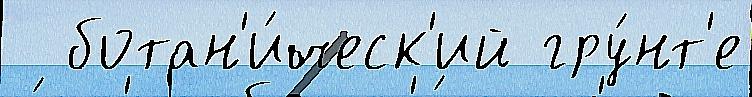
  ботан'и́ческ'ий гру́нт'е